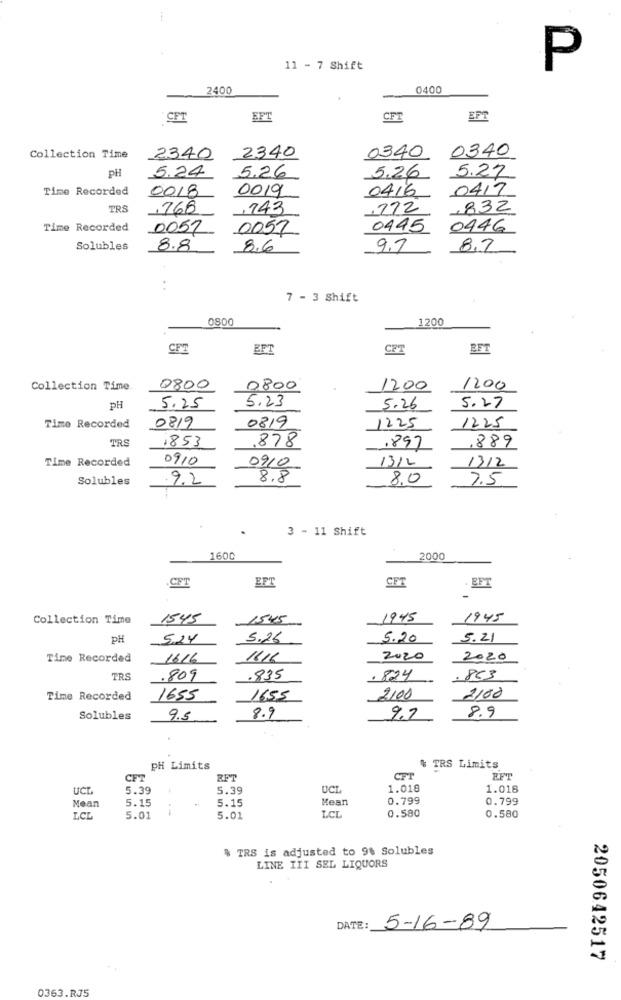
11 - 7 Shift
P
2400
0400
CFT
EFT
CFT
EFT
2340
Collection Time
2340
0340
0340
pH
5.24
5.27
5.26
5.26
Time Recorded
0018
0019
0416
0417
TRS
,768
,743
272
,832
Time Recorded
0057
0057
0445
0446
Solubles
8.8
8.6
9.7
8,2
7 - 3 Shift
0800
1200
CFT
EFT
CFT
EFT
Collection Time
0800
0800
1200
1200
5.23
PH
5.25
5.26
5.27
Time Recorded
0819
0819
1225
1225
TRS
1853
.878
.897
,889
Time Recorded
0910
13/2
0910
1312
Solubles
.9.2
8.8
8,0
7.5
3 - 11 Shift
1600
2000
CFT
EFT
CFT
. EFT
Collection Time
1545
1545
1945
1945
PH
5.24
5.26
5.20
5.21
Time Recorded
1616
1616
2020
2020
TRS
.809
.835
. 824
.863
2100
Time Recorded
1655
1655
2100
Solubles
9.5
8.9
9.7
8.9
PH Limits
% TRS Limits
CFT
EFT
CFT
RET
5.39
5.39
UCL
1.018
1.018
Mean
5.15
5.15
Mean
0.799
0.799
--
0.580
LCL
5.01
5.01
LCL
0.580
% TRS is adjusted to 9% Solubles
LINE III SEL LIQUORS
DATE :
5-16-89
2050642517
0363.RJ5